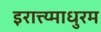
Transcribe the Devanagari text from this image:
इरात्त्य्माधुरम